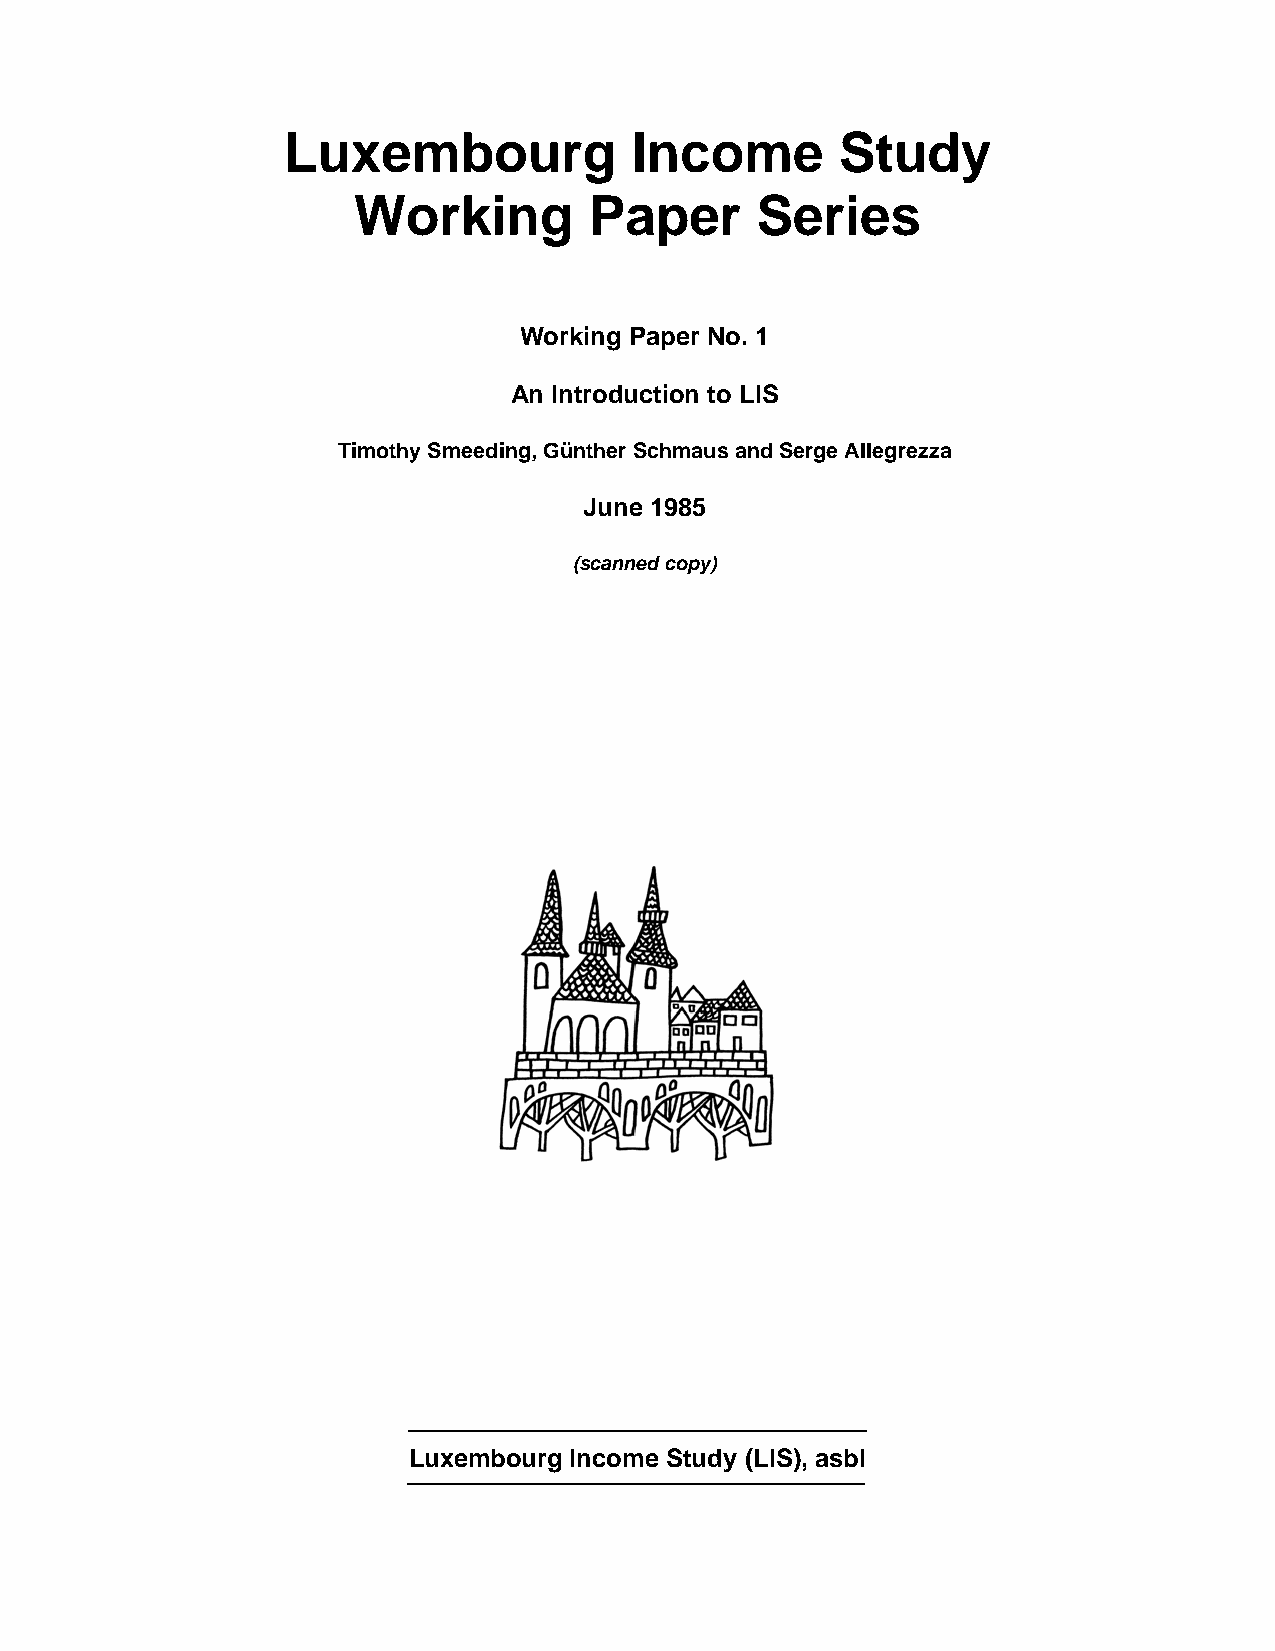
Luxembourg             Income        Study
 Working         Paper      Series
 Working Paper No. 1
 An Introduction to LIS
 Timothy Smeeding, Günther Schmaus and Serge Allegrezza
 June 1985
 (scanned copy)
 Luxembourg Income Study (LIS), asbl